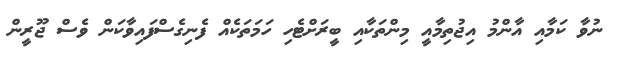
ނުވާ ކަމާއި އާންމު އިޖުތިމާއީ މިންތަކާއި ބީރަށްޓެހި ހަމަތަކެއް ފެނިގެސްފައިވާކަން ވެސް ޖޫރީން